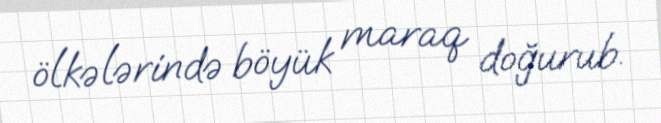
ölkələrində böyük maraq doğurub.